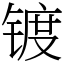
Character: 镀